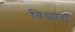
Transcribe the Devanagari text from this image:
विद्याम्